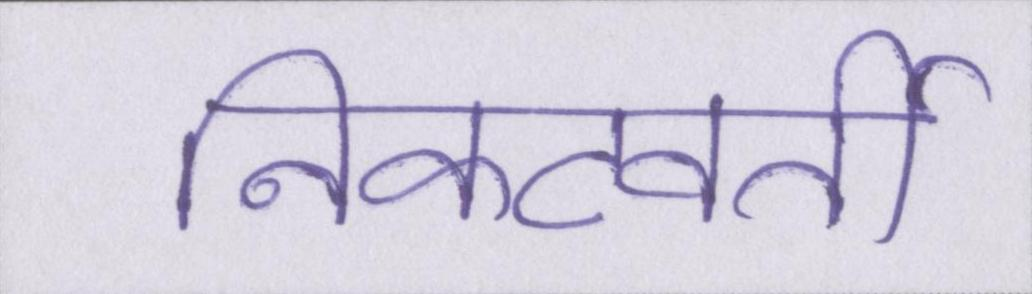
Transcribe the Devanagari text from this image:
निकटवर्ती